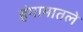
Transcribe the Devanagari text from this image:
हंगामातले